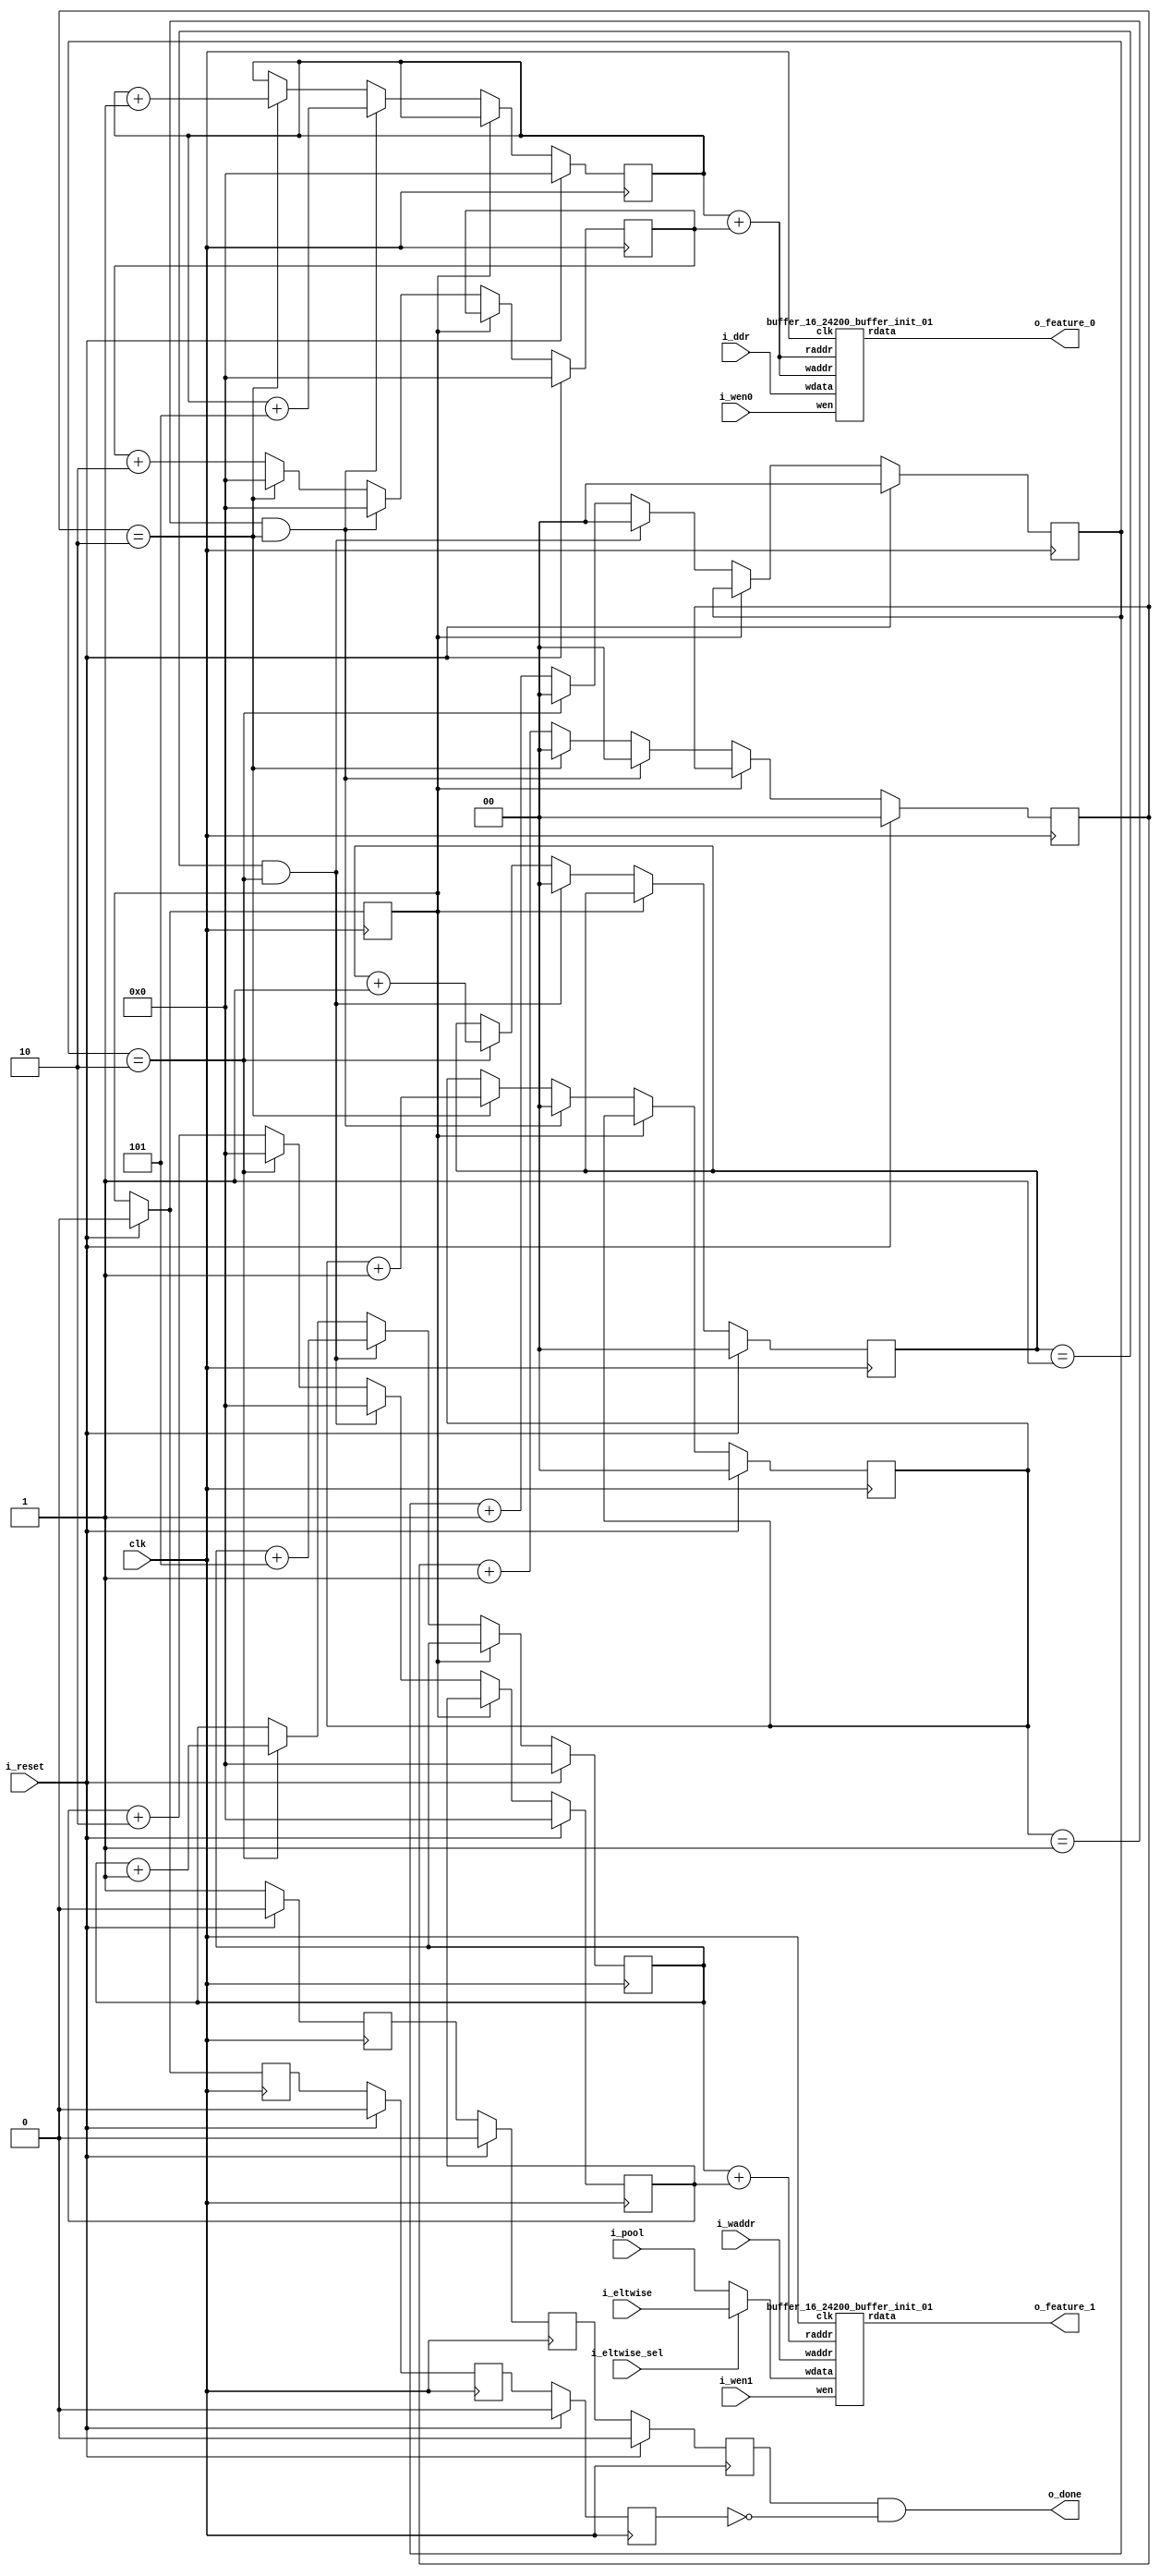
`define SIMULATION_MEMORY

module stream_buffer_1_0 (
	input clk,
	input i_reset,
	input i_wen0,
	input i_wen1,
	input [15:0] i_ddr,
	input [15:0] i_pool,
	input i_eltwise_sel,
	input [15:0] i_eltwise,
	input [14:0] i_waddr,
	output [15:0] o_feature_0,
	output [15:0] o_feature_1,
	output o_done
);

reg [14:0] base_addr;
reg [14:0] offset;
reg [14:0] base_addr_b1;
reg [14:0] offset_b1;
reg [1:0] L_counter;
reg [1:0] C_counter;
reg [1:0] W_counter;
reg [1:0] L_counter_b1;
reg [1:0] C_counter_b1;
reg [1:0] W_counter_b1;
reg done, done_1, done_2, done_3;
reg valid, valid_1, valid_2;
wire [15:0] feature_out_b0;
wire [15:0] feature_out_b1;

always @ (posedge clk) begin
	if (i_reset) begin
		base_addr <= 0;
		offset <= 0;
		C_counter <= 0;
		L_counter <= 0;
		W_counter <= 0;
	end else if (done == 0) begin
		if((W_counter == 1443) && (C_counter == 1) && (L_counter == 2)) begin
			base_addr <= 0;
			C_counter <= 0;
			L_counter <= 0;
			W_counter <= 0;
			offset <= 0;
		end else if((C_counter == 1) && (L_counter == 2)) begin
			base_addr <= base_addr + 5;
			W_counter <= W_counter + 1'b1;
			C_counter <= 0;
			L_counter <= 0;
			offset <= 0;
		end else if(L_counter == 2) begin
			base_addr <= base_addr + 1'b1;
			C_counter <= C_counter + 1'b1;
			L_counter <= 0;
			offset <= 0;
		end else begin
			offset <= offset + 2;
			L_counter <= L_counter + 1'b1;
		end
	end
end

always @ (posedge clk) begin
	if (i_reset) begin
		base_addr_b1 <= 0;
		offset_b1 <= 0;
		C_counter_b1 <= 0;
		L_counter_b1 <= 0;
		W_counter_b1 <= 0;
	end else if (done == 0) begin
		if((W_counter_b1 == 1443) && (C_counter_b1 == 1) && (L_counter_b1 == 2)) begin
			base_addr_b1 <= 0;
			C_counter_b1 <= 0;
			L_counter_b1 <= 0;
			W_counter_b1 <= 0;
			offset_b1 <= 0;
		end else if((C_counter_b1 == 1) && (L_counter_b1 == 2)) begin
			base_addr_b1 <= base_addr_b1 + 5;
			W_counter_b1 <= W_counter_b1 + 1'b1;
			C_counter_b1 <= 0;
			L_counter_b1 <= 0;
			offset_b1 <= 0;
		end else if(L_counter_b1 == 2) begin
			base_addr_b1 <= base_addr_b1 + 1'b1;
			C_counter_b1 <= C_counter_b1 + 1'b1;
			L_counter_b1 <= 0;
			offset_b1 <= 0;
		end else begin
			offset_b1 <= offset_b1 + 2;
			L_counter_b1 <= L_counter_b1 + 1'b1;
		end
	end
end

always @ (posedge clk) begin
	if(i_reset == 1'b1)begin
		done <= 0;
		done_1 <= 0;
		done_2 <= 0;
		done_3 <= 0;
		valid <= 0;
		valid_1 <= 0;
		valid_2 <= 0;
	end else begin
		valid <= 1;
		if((W_counter == 1443) && (C_counter == 1) && (L_counter == 2)) begin
			done <= 1;
		end
		done_1 <= done;
		done_2 <= done_1;
		done_3 <= done_2;
		valid_1 <= valid;
		valid_2 <= valid_1;
	end
end

reg [14:0] b0_waddr, b0_raddr, b1_raddr;
always @ (*) begin
	b0_waddr <= base_addr+offset;
	b0_raddr <= base_addr+offset;
	b1_raddr <= base_addr_b1+offset_b1;
end
buffer_16_24200_buffer_init_01 buffer_16_24200_buffer_init_01_B0 (
	.clk(clk),
	.wen(i_wen0),
	.waddr(b0_waddr),
	.wdata(i_ddr),
	.raddr(b0_raddr),
	.rdata(feature_out_b0)
);

reg [15:0] B1_wdata;
always @ (*) begin
	if (i_eltwise_sel) begin
		B1_wdata <= i_eltwise;
	end else begin
		B1_wdata <= i_pool;
	end
end

buffer_16_24200_buffer_init_01 buffer_16_24200_buffer_init_01_B1 (
	.clk(clk),
	.wen(i_wen1),
	.waddr(i_waddr),
	.wdata(B1_wdata),
	.raddr(b1_raddr),
	.rdata(feature_out_b1)
);

assign o_done = valid_2 && (~done_3);
assign o_feature_0 = feature_out_b0;
assign o_feature_1 = feature_out_b1;

endmodule
module buffer_16_24200_buffer_init_01 (
	input clk,
	input wen,
	input [14:0] waddr,
	input [15:0] wdata,
	input [14:0] raddr,
	output [15:0] rdata
);

reg [14:0] raddr_reg;
reg [15:0] rdata_reg;
reg [15:0] pipeline_reg_0;
wire [15:0] rd_dummy_signal;
wire [15:0] wr_dummy_signal;
wire [15:0] rdata_wire;
assign rd_dummy_signal = 0;

always @(posedge clk) begin
	rdata_reg <= rdata_wire;
	raddr_reg <= raddr;
	pipeline_reg_0 <= rdata_reg;
end

`ifdef SIMULATION_MEMORY
defparam u_dual_port_ram.DATA_WIDTH = 16;
defparam u_dual_port_ram.ADDR_WIDTH = 15;
`endif
dual_port_ram u_dual_port_ram(
	.addr1(waddr),
	.we1(wen),
	.data1(wdata),
	.out1(wr_dummy_signal),
	.addr2(raddr_reg),
	.we2(1'b0),
	.data2(rd_dummy_signal),
	.out2(rdata_wire),
	.clk(clk)
);
assign rdata = pipeline_reg_0;

endmodule

module dual_port_ram(
clk,
addr1,
addr2,
data1,
data2,
we1,
we2,
out1,
out2
);

parameter DATA_WIDTH = 256;
parameter ADDR_WIDTH = 10;
input clk;
input [ADDR_WIDTH-1:0] addr1;
input [ADDR_WIDTH-1:0] addr2;
input [DATA_WIDTH-1:0] data1;
input [DATA_WIDTH-1:0] data2;
input we1;
input we2;
output reg [DATA_WIDTH-1:0] out1;
output reg [DATA_WIDTH-1:0] out2;

reg [DATA_WIDTH-1:0] ram[ADDR_WIDTH-1:0];

always @(posedge clk) begin
  if (we1) begin
    ram[addr1] <= data1;
  end
  else begin
    out1 <= ram[addr1];
  end
end

always @(posedge clk) begin
  if (we2) begin
    ram [addr2] <= data2;
  end
  else begin
    out2 <= ram[addr2];
  end
end

endmodule